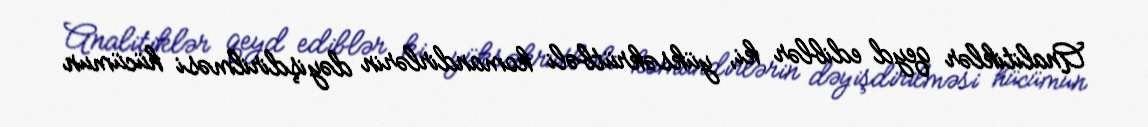
Analitiklər qeyd ediblər ki, yüksəkrütbəli komandirlərin dəyişdirilməsi hücümun